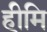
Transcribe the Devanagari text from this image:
हीमि